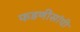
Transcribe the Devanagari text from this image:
फडणीसांची